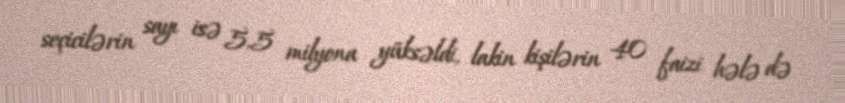
seçicilərin sayı isə 5,5 milyona yüksəldi, lakin kişilərin 40 faizi hələ də